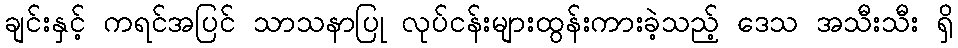
ချင်းနှင့် ကရင်အပြင် သာသနာပြု လုပ်ငန်းများထွန်းကားခဲ့သည့် ဒေသ အသီးသီး ရှိ